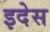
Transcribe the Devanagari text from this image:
इदेस